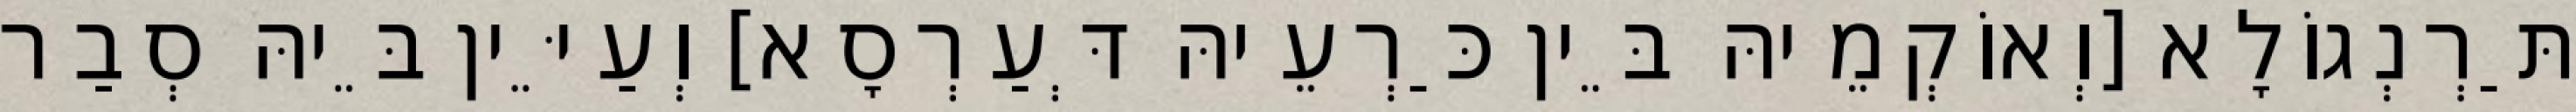
תַּרְנְגוֹלָא [וְאוֹקְמֵיהּ בֵּין כַּרְעֵיהּ דְּעַרְסָא] וְעַיֵּין בֵּיהּ סְבַר